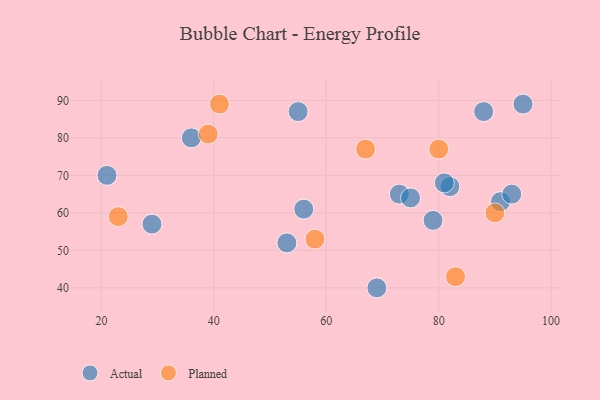
{"axis": {"x": "GDP", "y": "Life Expectancy"}, "legend": ["Actual", "Planned"], "data": [{"x": "88", "y": 87, "type": "Actual"}, {"x": "55", "y": 87, "type": "Actual"}, {"x": "82", "y": 67, "type": "Actual"}, {"x": "91", "y": 63, "type": "Actual"}, {"x": "29", "y": 57, "type": "Actual"}, {"x": "36", "y": 80, "type": "Actual"}, {"x": "81", "y": 68, "type": "Actual"}, {"x": "53", "y": 52, "type": "Actual"}, {"x": "93", "y": 65, "type": "Actual"}, {"x": "73", "y": 65, "type": "Actual"}, {"x": "75", "y": 64, "type": "Actual"}, {"x": "95", "y": 89, "type": "Actual"}, {"x": "56", "y": 61, "type": "Actual"}, {"x": "79", "y": 58, "type": "Actual"}, {"x": "69", "y": 40, "type": "Actual"}, {"x": "21", "y": 70, "type": "Actual"}, {"x": "58", "y": 53, "type": "Planned"}, {"x": "23", "y": 59, "type": "Planned"}, {"x": "83", "y": 43, "type": "Planned"}, {"x": "80", "y": 77, "type": "Planned"}, {"x": "67", "y": 77, "type": "Planned"}, {"x": "41", "y": 89, "type": "Planned"}, {"x": "39", "y": 81, "type": "Planned"}, {"x": "90", "y": 60, "type": "Planned"}]}